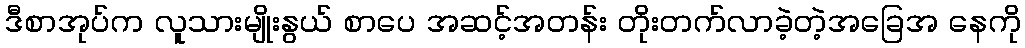
ဒီစာအုပ်က လူသားမျိုးနွယ် စာပေ အဆင့်အတန်း တိုးတက်လာခဲ့တဲ့အခြေအ နေကို